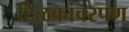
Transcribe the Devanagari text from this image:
टिळकांवरपण